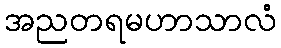
အညတရမဟာသာလံ